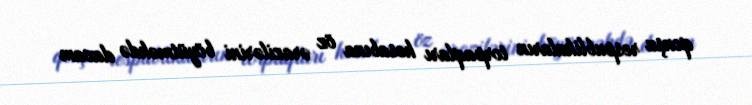
qonşu respublikaların torpaqları hesabına öz ərazilərini böyütməkdə davam